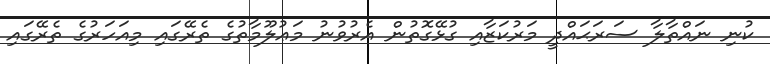
ކުނި ނައްތާލާ ސަރަޙައްދީ މަރުކަޒާއި ގުޅޭގޮތުން އެރުވުނު މަޢުލޫމާތުގެ ތެރޭގައި މިއަހަރުގެ ތެރޭގައި